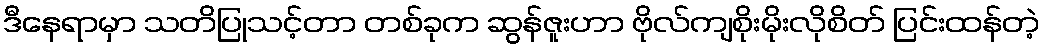
ဒီနေရာမှာ သတိပြုသင့်တာ တစ်ခုက ဆွန်ဇူးဟာ ဗိုလ်ကျစိုးမိုးလိုစိတ် ပြင်းထန်တဲ့